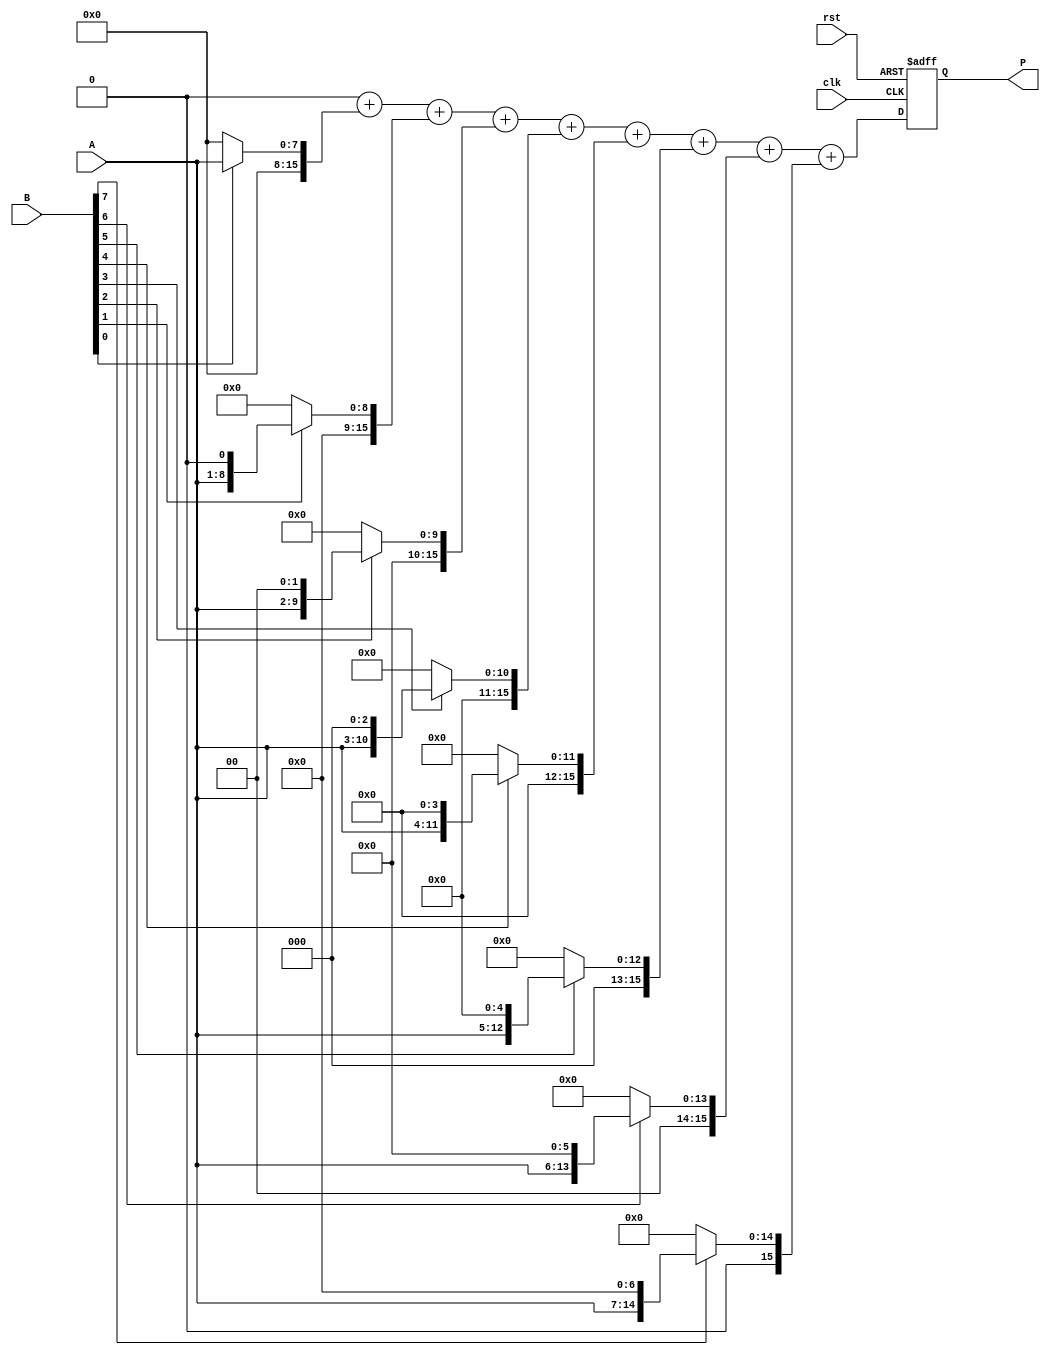
module VedicMultiplier #(parameter N = 8) (
    input wire [N-1:0] A,
    input wire [N-1:0] B,
    input wire clk,
    input wire rst,
    output reg [2*N-1:0] P
);

    reg [2*N-1:0] partial_products [0:N-1];
    reg [2*N-1:0] sum;
    integer i, j;

    // Generate partial products
    always @(*) begin
        for (i = 0; i < N; i = i + 1) begin
            if (B[i]) begin
                partial_products[i] = A << i; // Shift A by i positions
            end else begin
                partial_products[i] = 0;
            end
        end
    end

    // Crosswise addition of partial products
    always @(posedge clk or posedge rst) begin
        if (rst) begin
            P <= 0;
        end else begin
            sum = 0;
            for (i = 0; i < N; i = i + 1) begin
                sum = sum + partial_products[i];
            end
            P <= sum; // Assign the final product to P
        end
    end

endmodule